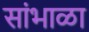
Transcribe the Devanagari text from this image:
सांभाळा